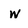
Character: w